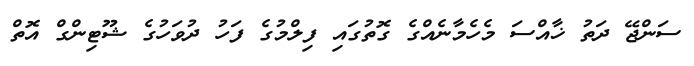
ސަންޖޭ ދަތު ޚާއްސަ މެހެމާނެއްގެ ގޮތުގައި ފިލްމުގެ ފަހު ދުވަހުގެ ޝޫޓިންގް އޮތް